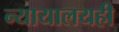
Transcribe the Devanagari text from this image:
न्यायालयही